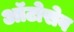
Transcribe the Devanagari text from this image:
ऑटोसेव